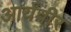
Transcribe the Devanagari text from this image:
आर्यवीर